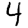
Digit: 4